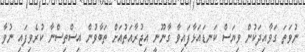
ނުވަތަ ގަވާއިދަކުން ވިޔަސް ކަނޑައަޅާފައިވާ ގާނޫނީ އިޖުރާއަތުއަށް ތަބާވުން އިސްތިސްނާ ކުރެވިފައި ނުވާ